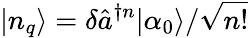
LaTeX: |n_{q}\rangle=\delta\hat{a}^{\dagger n}|\alpha_{0}\rangle/\sqrt{n!}